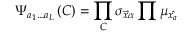
\Psi _ { a _ { 1 } \ldots a _ { L } } \left( C \right) = \prod _ { C } { \sigma _ { \vec { x } \alpha } } \prod { \mu _ { \hat { x _ { a } } } }